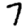
Digit: 7